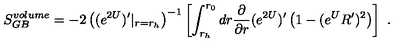
S _ { G B } ^ { v o l u m e } = - 2 \left( ( e ^ { 2 U } ) ^ { \prime } | _ { r = r _ { h } } \right) ^ { - 1 } \left[ \int _ { r _ { h } } ^ { r _ { 0 } } d r { \frac { \partial } { \partial r } } ( e ^ { 2 U } ) ^ { \prime } \left( 1 - ( e ^ { U } R ^ { \prime } ) ^ { 2 } \right) \right] \ .